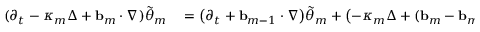
\begin{array} { r l } { ( \partial _ { t } - \kappa _ { m } \Delta + \ensuremath { \mathbf { b } } _ { m } \cdot \nabla ) \tilde { \theta } _ { m } } & { { } = \bigl ( \partial _ { t } + \ensuremath { \mathbf { b } } _ { m - 1 } \cdot \nabla \bigr ) \tilde { \theta } _ { m } + \bigl ( - \kappa _ { m } \Delta + ( \ensuremath { \mathbf { b } } _ { m } - \ensuremath { \mathbf { b } } _ { m - 1 } ) \cdot \nabla \bigr ) \tilde { \theta } _ { m } } \end{array}